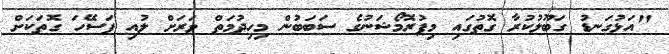
"އަޅުގަނޑު ގަބޫލުކުރާ ގޮތުގައި މިޕުރޮމޯޝަނުގެ ސަބަބުން މިހިދުމަތް ވަރަށް ލުއި ފަސޭހަ ގޮތަކަށް